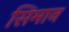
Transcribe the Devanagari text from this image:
सिमान